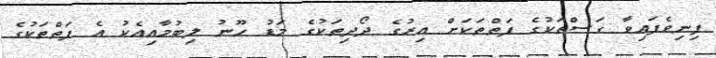
ފިނިވެފައިވާ ގަސްތަކުގެ ފަތްތަކަށް އިރުގެ ދޯދިތަކުގެ މަޑު ހޫނު ލިބުމާއިއެކު އެ ފަތްތަކުގެ